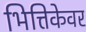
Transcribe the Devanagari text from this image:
भित्तिकेवर